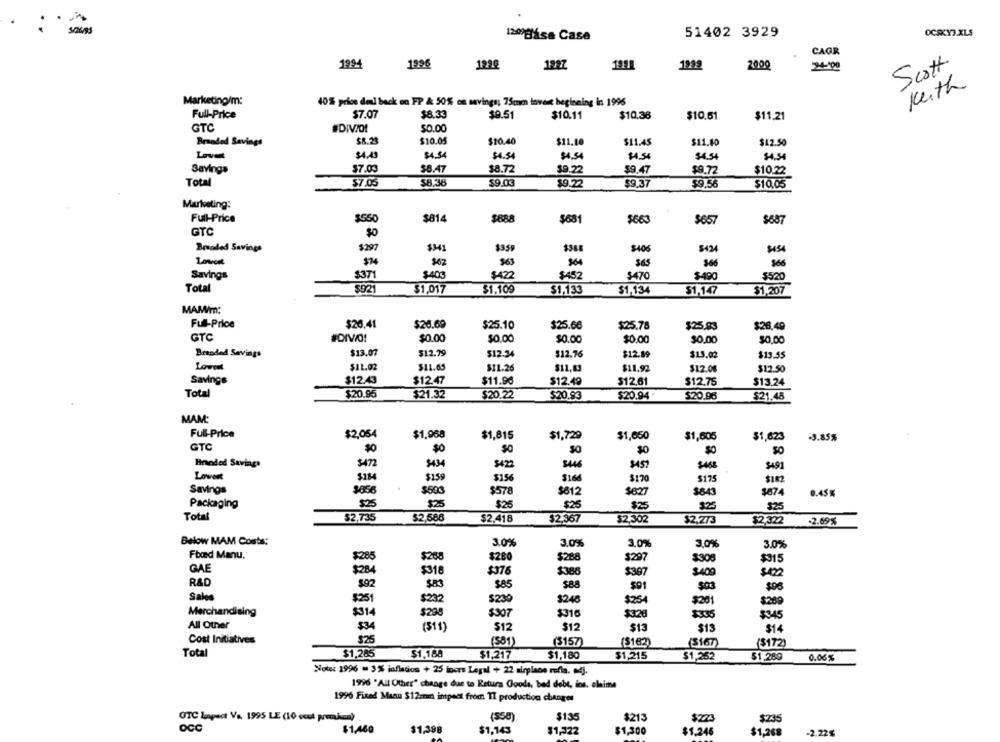
OCSKY3.XLS
120gása Case
51402 3929
CAGR
1994
1996
122€
1997
1999
200g
24-100
Scott.
Keith
Marketing/m:
40% prios del back on FP & 50% on savings; 75mm invert beginning in 1996
Full-Price
$7.07
$8.33
$9.51
$10.11
$10.36
$10.61
$11.21
GTC
#DIVIOL
$0.00
Breaded Savings
$10.05
$10.40
$11.10
$11.45
$11.80
$12.50
Lovet
$4.43
$4.54
$4.54
$4.54
$4.54
$4.54
$4.54
Savings
$7.03
$8.47
$8.72
$9.22
59.47
$9.72
$10.22
Total
$7.05
$8,36
$9.03
$9.22
$9.37
$9.56
$10.05
Marketing:
Full-Price
$550
$814
$68
$68
$66
$657
$687
GTC
$0
Branded Savings
$297
$341
$359
$406
$424
$454
$74
$62
563
$64
$66
$66
Savings
$409
$422
$452
$520
$371
$470
$490
Total
$921
$1,017
$1.109
$1,134
$1,207
$1.133
$1,147
MAM/m:
Full-Price
$26.41
$26.69
$25.10
$25.66
$25.78
$25.83
$26.49
GTC
#DIVO!
$0.00
$0.00
$0.00
$0.00
$0.00
$0,00
Branded Savings
$13.07
$12.79
$12.34
$12.76
$12.89
$15.02
$13.55
Lowen
$11.02
$11.65
$11.26
$11.03
$11.92
$12.04
$12.50
Savings
$12.43
$12.47
$11.96
$12.49
$12.61
$12.75
$13.24
Total
$20.95
$21.32
$20.22
$20.93
$20.94
$20.96
$21.48
MAM:
Full-Price
$2,054
$1,968
$1,815
$1,729
$1,650
$1,605
$1,623
-3.85%
GTC
$0
SO
$0
Bneded Savings
$472
$494
$446
$459
$491
Lowert
$134
$159
$156
3166
$170
$175
$182
Savings
$503
$612
$578
$627
$843
$874
0.45%
Packaging
$25
$25
$26
$25
$25
$25
$25
Total
$2,735
$2,566
$2,418
$2,367
$2,302
$2,273
$2,322
.2.69%
Below MAM Costs:
3.0%
3.0%
3.0%
3.0%
3.0%
Fbad Manu.
$285
$268
$280
$288
$297
$308
$315
GAE
$234
$318
$376
$386
$397
$400
R&D
802
$83
$85
$88
$91
$03
$06
Sales
$251
$232
$239
$248
$254
$201
$269
Merchandising
$314
$298
$307
$316
$328
$335
$345
All Other
$34
($11)
$12
$12
$13
$14
Cost Initiatives
$25
(581)
($157)
(8182)
(3167)
($172)
Total
$1,285
$1,188
$1,217
$1,180
$1,215
$1,252
$1,280
0.06%
Note: 1996 - 3% inflation + 25 incre Legal + 22 airplane rofia. 4].
1996 'All Other" change due to Returs Goods, bad debt, ios, olnime
1996 Fixed Manu $12mm impact from TI production changes
OTC Lapect V. 1995 LE (10 col premium)
(558)
$135
$21
$223
$235
OCC
$1,460
$1,398
$1,143
$1,322
$1,300
$1.246
$1,268
-2.22%